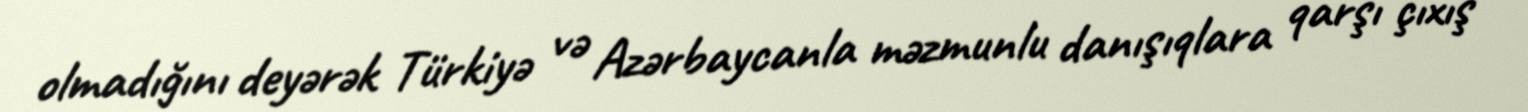
olmadığını deyərək Türkiyə və Azərbaycanla məzmunlu danışıqlara qarşı çıxış